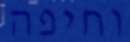
וחיפה